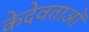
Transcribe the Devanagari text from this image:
केदेवताओं